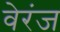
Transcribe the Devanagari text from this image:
वेरंज